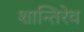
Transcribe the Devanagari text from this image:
शान्तिरेव